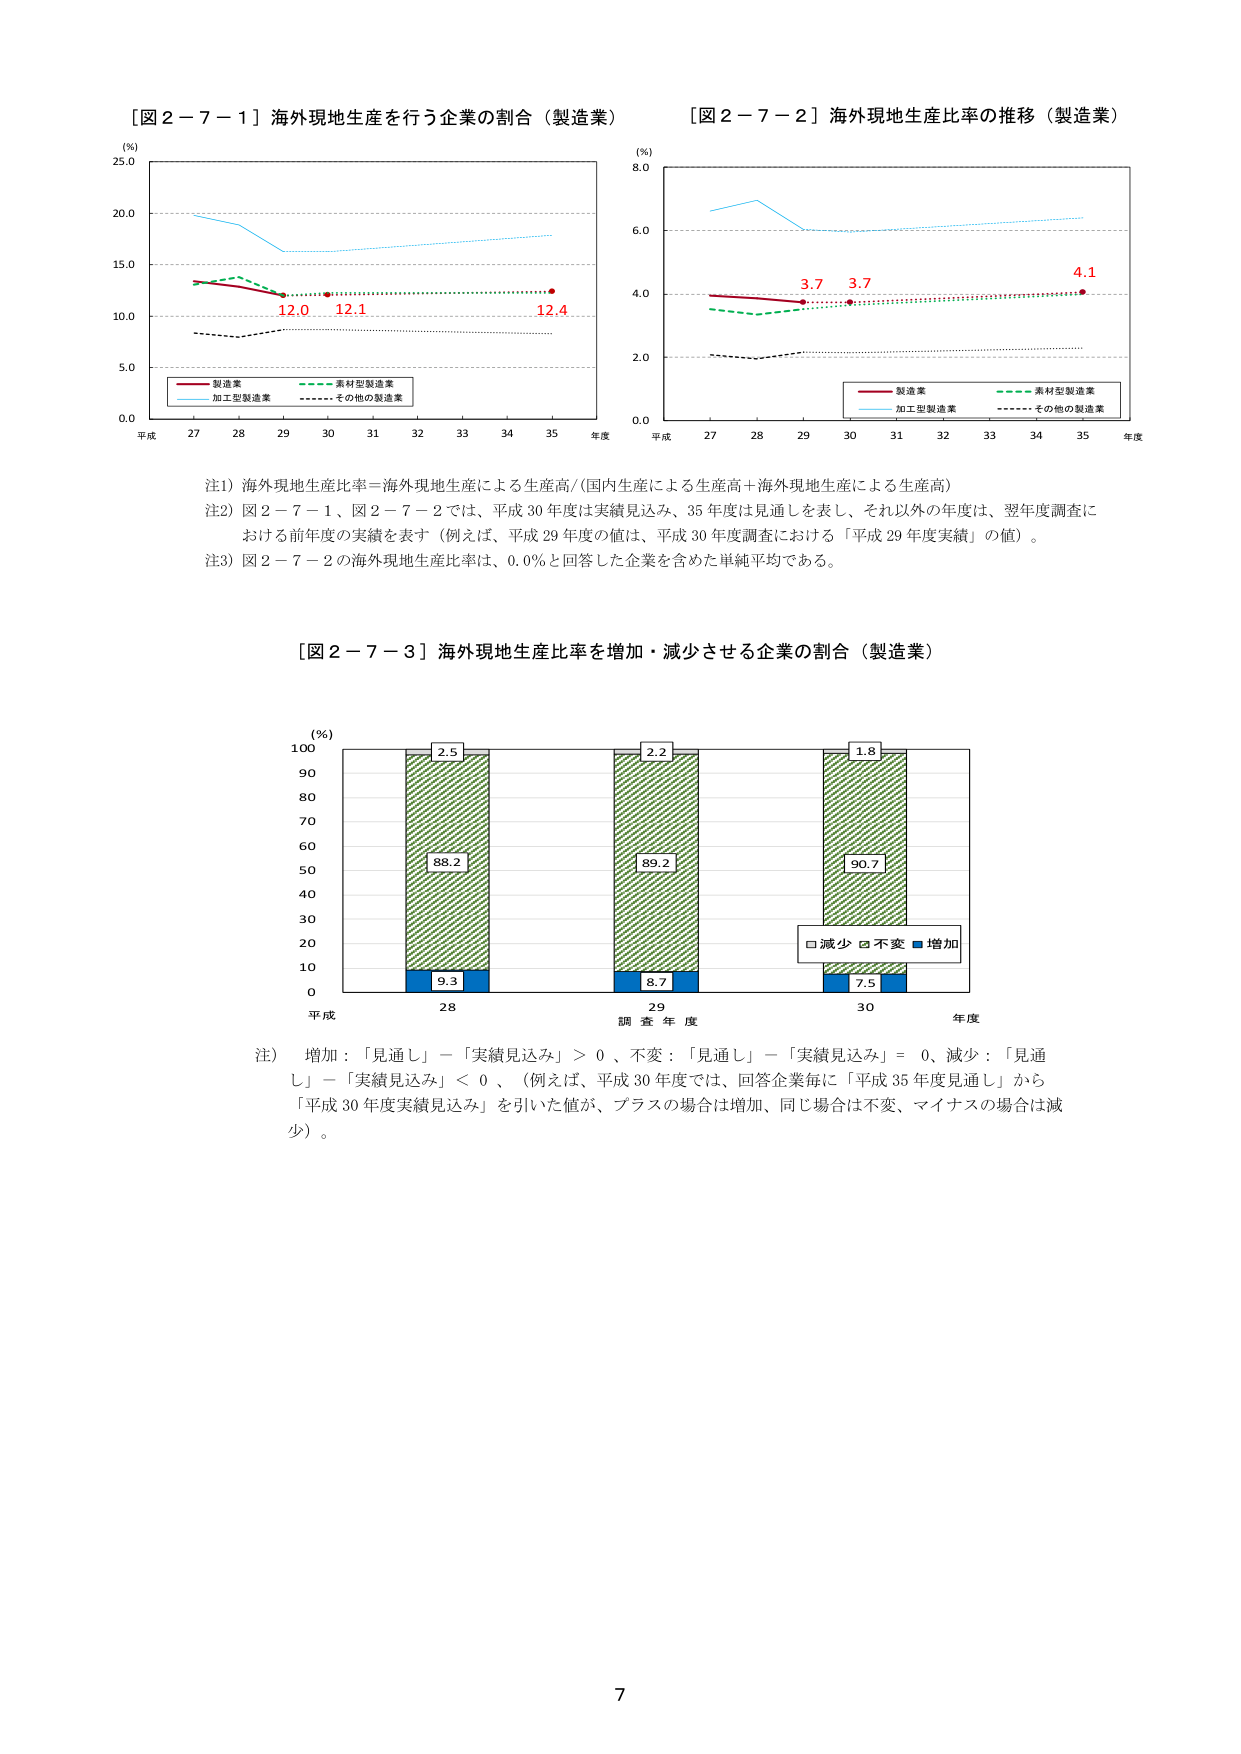
［図２－７－１］海外現地生産を行う企業の割合（製造業）
(%)
25.0
20.0
15.0
10.0
5.0
0.0
平成 27 28 29 30 31 32 33 34 35 年度
製造業
素材型製造業
加工型製造業
その他の製造業
12.0 12.1 12.4

［図２－７－２］海外現地生産比率の推移（製造業）
(%)
8.0
6.0
4.0
2.0
0.0
平成 27 28 29 30 31 32 33 34 35 年度
製造業
素材型製造業
加工型製造業
その他の製造業
3.7 3.7 4.1

注1）海外現地生産比率＝海外現地生産による生産高／（国内生産による生産高＋海外現地生産による生産高）
注2）図２－７－１、図２－７－２では、平成30年度は実績見込み、35年度は見通しを表し、それ以外の年度は、翌年度調査における前年度の実績を表す（例えば、平成29年度の値は、平成30年度調査における「平成29年度実績」の値）。
注3）図２－７－２の海外現地生産比率は、0.0％と回答した企業を含めた単純平均である。

［図２－７－３］海外現地生産比率を増加・減少させる企業の割合（製造業）
(%)
100
90
80
70
60
50
40
30
20
10
0
平成 28 29 30 年度
調査年度
2.5
88.2
9.3
2.2
89.2
8.7
1.8
90.7
7.5
□減少 ■不変 ■増加

注） 増加：「見通し」－「実績見込み」＞0、不変：「見通し」－「実績見込み」＝0、減少：「見通し」－「実績見込み」＜0、（例えば、平成30年度では、回答企業毎に「平成35年度見通し」から「平成30年度実績見込み」を引いた値が、プラスの場合は増加、同じ場合は不変、マイナスの場合は減少）。

7